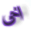
اخى